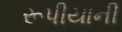
રૂપીયાની